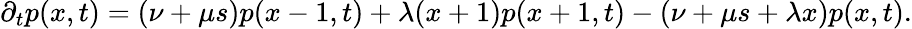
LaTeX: \partial_{t}p(x,t)=(\nu+\mu s)p(x-1,t)+\lambda(x+1)p(x+1,t)-(\nu+\mu s+\lambda x)p(x,t).